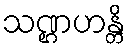
သဏ္ဌဟန္တိ